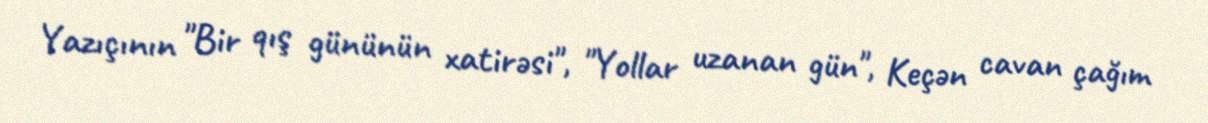
Yazıçının "Bir qış gününün xatirəsi", "Yollar uzanan gün", Keçən cavan çağım